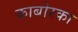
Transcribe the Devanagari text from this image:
काबोरका